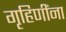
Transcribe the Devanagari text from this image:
गृहिणींना